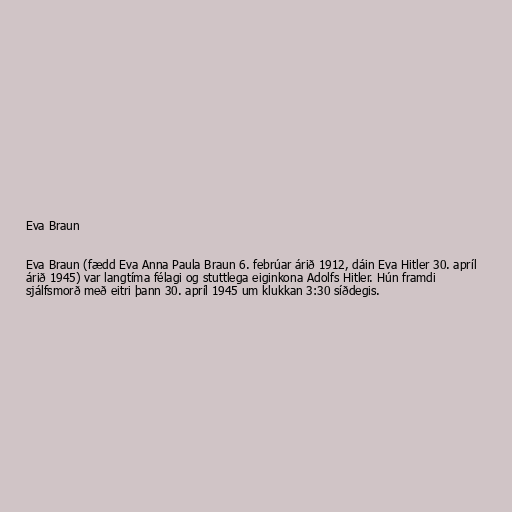
Eva Braun

Eva Braun (fædd Eva Anna Paula Braun 6. febrúar árið 1912, dáin Eva Hitler 30. apríl
árið 1945) var langtíma félagi og stuttlega eiginkona Adolfs Hitler. Hún framdi
sjálfsmorð með eitri þann 30. apríl 1945 um klukkan 3:30 síðdegis.